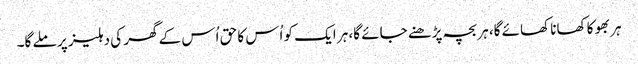
ہر بھوکا کھانا کھائے گا، ہر بچہ پڑھنے جائے گا، ہر ایک کو اُس کا حق اُس کے گھر کی دہلیز پر ملے گا۔